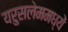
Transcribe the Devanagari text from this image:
यरुसलेममध्यें